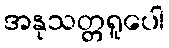
အနုသတ္တရူပေါ